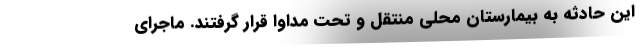
این حادثه به بیمارستان محلی منتقل و تحت مداوا قرار گرفتند. ماجرای